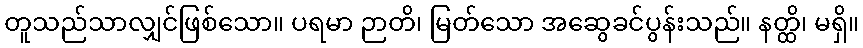
တူသည်သာလျှင်ဖြစ်သော။ ပရမာ ဉာတိ၊ မြတ်သော အဆွေခင်ပွန်းသည်။ နတ္ထိ၊ မရှိ။